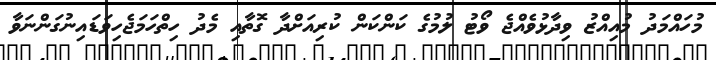
މުހައްމަދު މުއިއްޒު ވިދާޅުވެއްޖެ ވޯޓު ލުމުގެ ކަންކަން ކުރިއަށްދާ ގޮތާއި މެދު ހިތްހަމަޖެހިވަޑައިނުގަންނަވާ